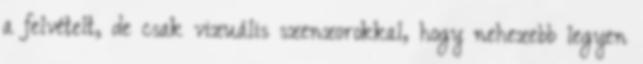
a felvételt, de csak vizuális szenzorokkal, hogy nehezebb legyen